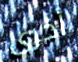
أخرى